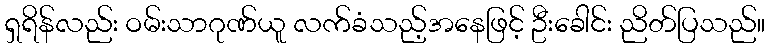
ရှရိန်လည်း ဝမ်းသာဂုဏ်ယူ လက်ခံသည့်အနေဖြင့် ဦးခေါင်း ညိတ်ပြသည်။